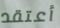
أعتقد